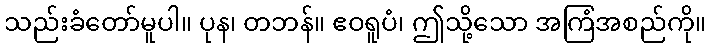
သည်းခံတော်မူပါ။ ပုန၊ တဘန်။ ဧဝရူပံ၊ ဤသို့သော အကြံအစည်ကို။